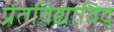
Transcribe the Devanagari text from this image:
प्रेतविद्याविद्